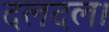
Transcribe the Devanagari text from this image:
दलदल।